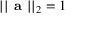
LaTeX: | | { \textbf { a } } | | _ { 2 } = 1